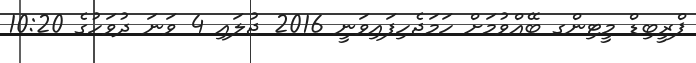
ޕްރީބިޑް މީޓިންގ ބޭއްވުމަށް ހަމަޖެހިފައިވަނީ 2016 ޖުލައި 4 ވަނަ ދުވަހުގެ 10:20